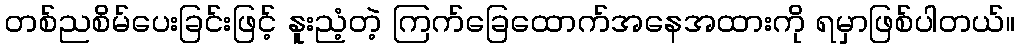
တစ်ညစိမ်ပေးခြင်းဖြင့် နူးညံ့တဲ့ ကြက်ခြေထောက်အနေအထားကို ရမှာဖြစ်ပါတယ်။